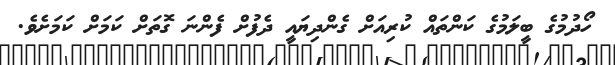
ހޯދުމުގެ ބީލަމުގެ ކަންތައް ކުރިއަށް ގެންދިޔައީ ދެފުށް ފެންނަ ގޮތަށް ކަމަށް ކަމަށެވެ.